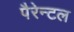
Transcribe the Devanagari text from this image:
पैरेन्टल